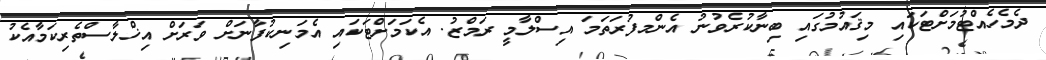
ދެމެހެއްޓުމަށްޓަކައި މިޤައުމުގައި ބިނާކުރެވުނު އެންމފުރަތަމަ އިސްލާމީ ރަމްޒު. އެކަމަށްޓަކައި އެމަނިކުފާނަށް ވަރަށް އިޚްލާސްތެރިކަމާއެކު